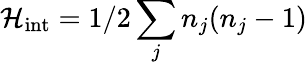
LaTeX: {\mathcal{H}}_{\textrm{int}}=1/2\sum_{j}{n}_{j}({n}_{j}-1)